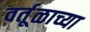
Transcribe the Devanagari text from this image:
वर्तूळाच्या